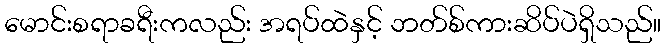
မောင်းစရာခရီးကလည်း အရပ်ထဲနှင့် ဘတ်စ်ကားဆိပ်ပဲရှိသည်။